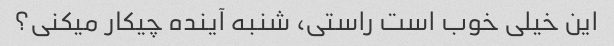
این خیلی خوب است راستی، شنبه آینده چیکار میکنی؟